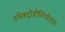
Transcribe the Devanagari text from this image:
स्पेक्ट्रोहीलियोग्राफ़